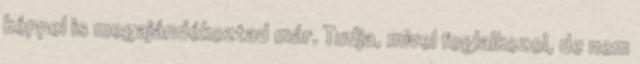
képpel is megajándékoztad már. Tudja, mivel foglalkozol, de nem